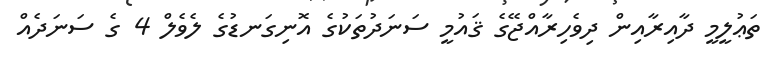
ތަޢުލީމީ ދާއިރާއިން ދިވެހިރާއްޖޭގެ ޤައުމީ ސަނަދުތަކުގެ އޮނިގަނޑުގެ ލެވެލް 4 ގެ ސަނަދެއް